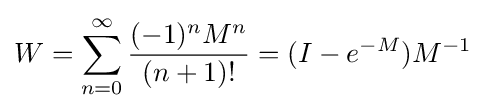
W=\sum _{n=0}^{\infty }{\frac {(-1)^{n}M^{n}}{(n+1)!}}=(I-e^{-M})M^{-1}